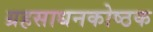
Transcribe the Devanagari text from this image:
ग्रहसाधनकोष्ठक